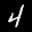
Label: 4